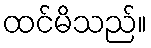
ထင်မိသည်။